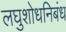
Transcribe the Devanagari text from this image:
लघुशोधनिबंध